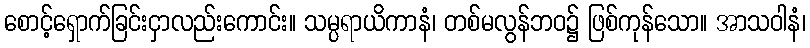
စောင့်ရှောက်ခြင်းငှာလည်းကောင်း။ သမ္ပရာယိကာနံ၊ တစ်မလွန်ဘဝ၌ ဖြစ်ကုန်သော။ အာသဝါနံ၊